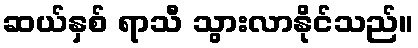
ဆယ်နှစ် ရာသီ သွားလာနိုင်သည်။